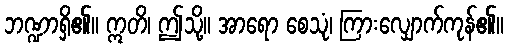
ဘဏ္ဍာရှိ၏။ ဣတိ၊ ဤသို့။ အာရော စေသုံ၊ ကြားလျှောက်ကုန်၏။